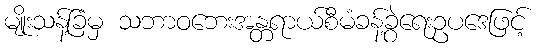
မျိုးသန့်ခြံမှ သဘာဝဘေးအန္တရာယ်စီမံခန့်ခွဲရေးဥပဒေဖြင့်